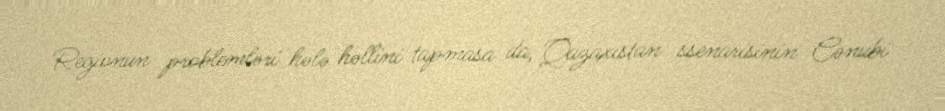
Regionun problemləri hələ həllini tapmasa da, Qazaxıstan ssenarisinin Cənubi